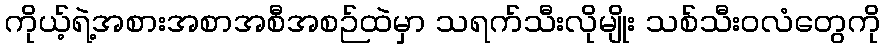
ကိုယ့်ရဲ့အစားအစာအစီအစဉ်ထဲမှာ သရက်သီးလိုမျိုး သစ်သီးဝလံတွေကို